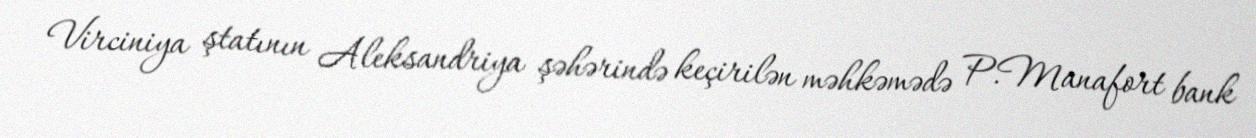
Virciniya ştatının Aleksandriya şəhərində keçirilən məhkəmədə P.Manafort bank